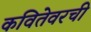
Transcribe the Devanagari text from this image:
कवितेवरची